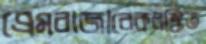
প্রেমবাজারেকলঙ্কিত